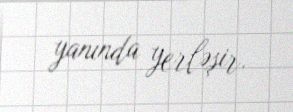
yanında yerləşir.